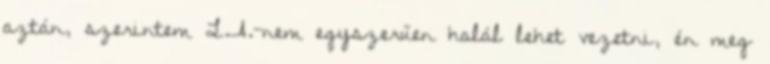
aztán, szerintem L.A.-nem egyszerűen halál lehet vezetni, én meg